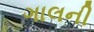
ગાલની